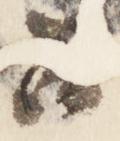
召